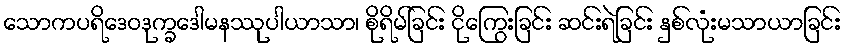
သောကပရိဒေဝဒုက္ခဒေါမနဿုပါယာသာ၊ စိုရိမ်ခြင်း ငိုကြွေးခြင်း ဆင်းရဲခြင်း နှစ်လုံးမသာယာခြင်း